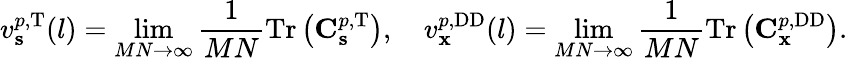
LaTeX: v_{\mathbf{s}}^{p,\mathrm{T}}(l)=\operatorname*{lim}_{MN\rightarrow\infty}{\frac{1}{MN}\mathrm{Tr}\left(\mathbf{C}_{\mathbf{s}}^{p,\mathrm{T}}\right)},\quad v_{\mathbf{x}}^{p,\mathrm{DD}}(l)=\operatorname*{lim}_{MN\rightarrow\infty}{\frac{1}{MN}\mathrm{Tr}\left(\mathbf{C}_{\mathbf{x}}^{p,\mathrm{DD}}\right)}.